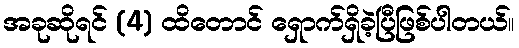
အခုဆိုရင် (4) ထိတောင် ရှောက်ရှိခဲ့ပြီဖြစ်ပါတယ်။